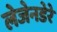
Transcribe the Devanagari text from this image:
लेजेनडेरे